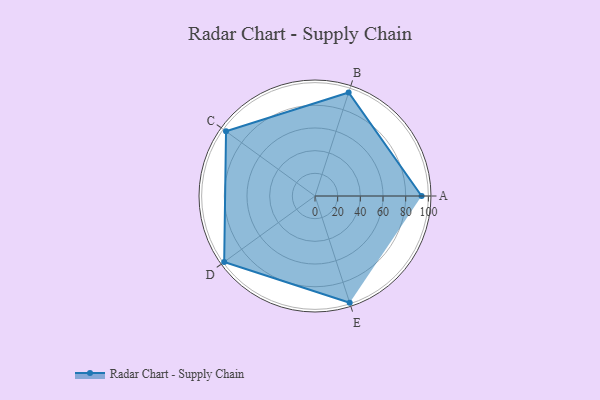
{"axis": {"x": "Skill", "y": "Score"}, "legend": ["Profile"], "data": [{"x": "A", "y": 94.0, "type": "Profile"}, {"x": "B", "y": 96.0, "type": "Profile"}, {"x": "C", "y": 97.0, "type": "Profile"}, {"x": "D", "y": 99, "type": "Profile"}, {"x": "E", "y": 99, "type": "Profile"}]}